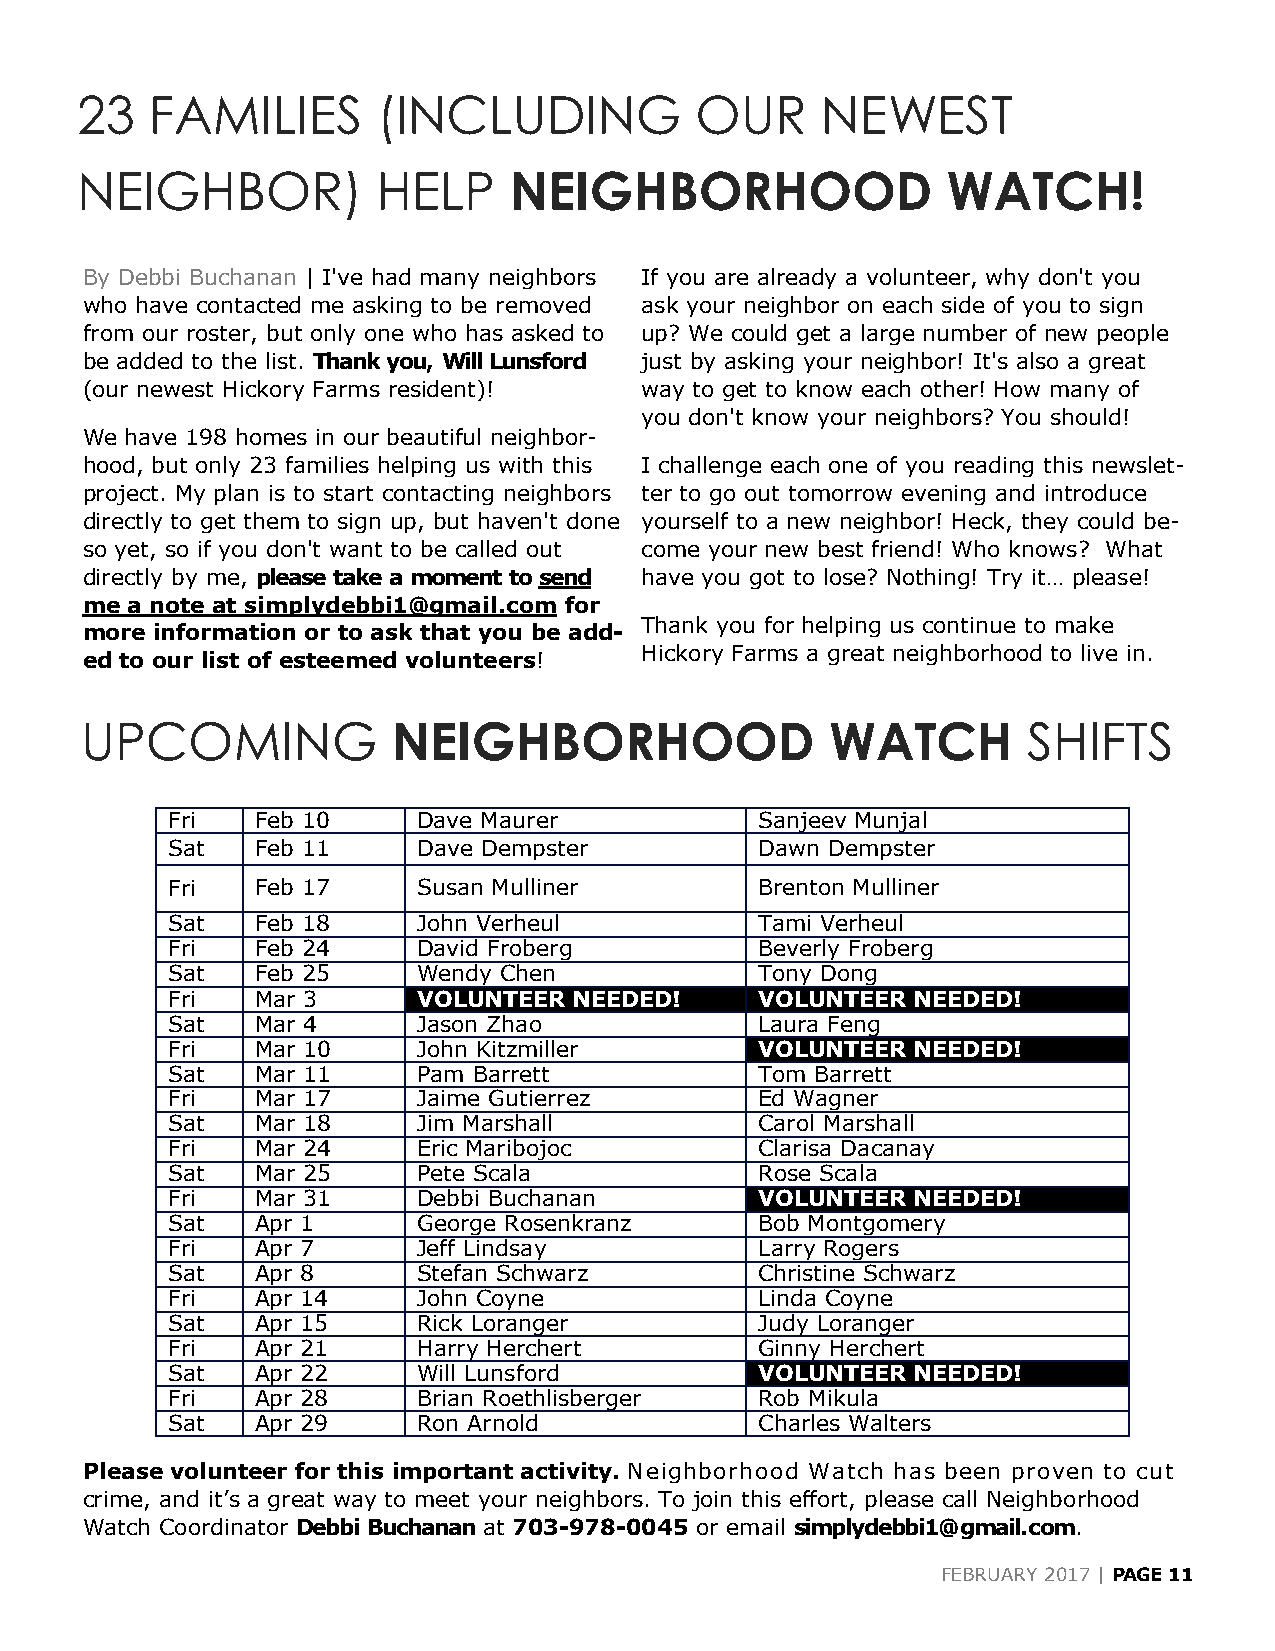
23   FAMILIES       (INCLUDING           OUR     NEWEST
 NEIGHBOR)           HELP     NEIGHBORHOOD                 WATCH!
 By Debbi Buchanan | I've had many neighbors If you are already a volunteer, why don't you
 who have contacted me asking to be removed ask your neighbor on each side of you to sign
 from our roster, but only one who has asked to up? We could get a large number of new people
 be added to the list. Thank you, Will Lunsford just by asking your neighbor! It's also a great
 (our newest Hickory Farms resident)! way to get to know each other! How many of
 you don't know your neighbors? You should!
 We have 198 homes in our beautiful neighbor-
 hood, but only 23 families helping us with this I challenge each one of you reading this newslet-
 project. My plan is to start contacting neighbors ter to go out tomorrow evening and introduce
 directly to get them to sign up, but haven't done yourself to a new neighbor! Heck, they could be-
 so yet, so if you don't want to be called out come your new best friend! Who knows? What
 directly by me, please take a moment to send have you got to lose? Nothing! Try it… please!
 me a note at simplydebbi1@gmail.com for
 Thank you for helping us continue to make
 more information or to ask that you be add-
 Hickory Farms a great neighborhood to live in.
 ed to our list of esteemed volunteers!
 UPCOMING             NEIGHBORHOOD                 WATCH        SHIFTS
 Fri   Feb 10     Dave Maurer           Sanjeev Munjal
 Sat   Feb 11     Dave Dempster         Dawn Dempster
 Fri   Feb 17     Susan Mulliner        Brenton Mulliner
 Sat   Feb 18     John Verheul          Tami Verheul
 Fri   Feb 24     David Froberg         Beverly Froberg
 Sat   Feb 25     Wendy Chen            Tony Dong
 Fri   Mar 3      VOLUNTEER NEEDED!     VOLUNTEER NEEDED!
 Sat   Mar 4      Jason Zhao            Laura Feng
 Fri   Mar 10     John Kitzmiller       VOLUNTEER NEEDED!
 Sat   Mar 11     Pam Barrett           Tom Barrett
 Fri   Mar 17     Jaime Gutierrez       Ed Wagner
 Sat   Mar 18     Jim Marshall          Carol Marshall
 Fri   Mar 24     Eric Maribojoc        Clarisa Dacanay
 Sat   Mar 25     Pete Scala            Rose Scala
 Fri   Mar 31     Debbi Buchanan        VOLUNTEER NEEDED!
 Sat   Apr 1      George Rosenkranz     Bob Montgomery
 Fri   Apr 7      Jeff Lindsay          Larry Rogers
 Sat   Apr 8      Stefan Schwarz        Christine Schwarz
 Fri   Apr 14     John Coyne            Linda Coyne
 Sat   Apr 15     Rick Loranger         Judy Loranger
 Fri   Apr 21     Harry Herchert        Ginny Herchert
 Sat   Apr 22     Will Lunsford         VOLUNTEER NEEDED!
 Fri   Apr 28     Brian Roethlisberger  Rob Mikula
 Sat   Apr 29     Ron Arnold            Charles Walters
 Please volunteer for this important activity. Neighborhood Watch has been proven to cut
 crime, and it’s a great way to meet your neighbors. To join this effort, please call Neighborhood
 Watch Coordinator Debbi Buchanan at 703-978-0045 or email simplydebbi1@gmail.com.
 FEBRUARY 2017 | PAGE 11